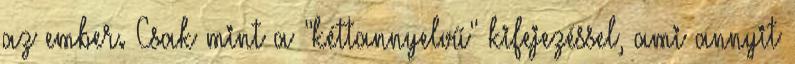
az ember. Csak mint a "kéttannyelvű" kifejezéssel, ami annyit